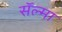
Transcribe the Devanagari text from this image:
सॅल्मा